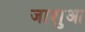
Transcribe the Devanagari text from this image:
जाशुआ